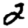
Digit: 2